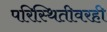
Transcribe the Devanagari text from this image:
परिस्थितीवरही